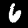
Digit: 6